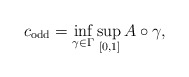
\begin{align*} c_{\mathrm{odd}} = \inf_{\gamma \in \Gamma} \sup_{[0, 1]} \mathcal \mathcal{A} \circ \gamma,\end{align*}